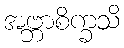
အဗ္ဘာစိက္ခသိ